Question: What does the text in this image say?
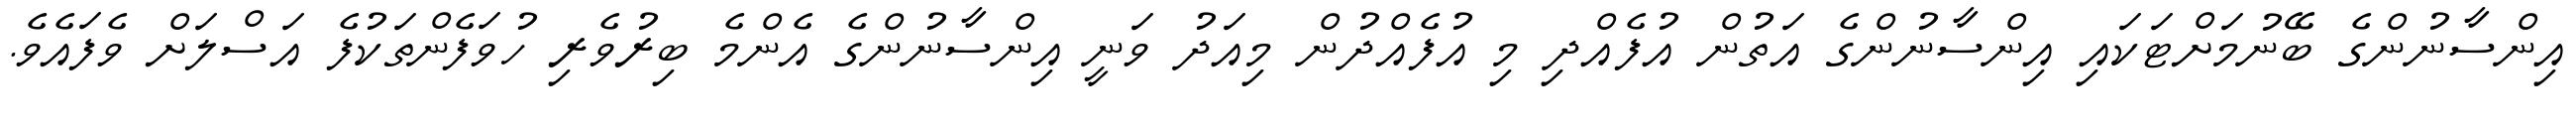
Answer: އިންސާނުންގެ ބޭނުމަށްޓަކައި އިންސާނުންގެ އަތުން އުފެއްދި މި އުފެއްދުން މިއަދު ވަނީ އިންސާނުންގެ އެންމެ ބިރުވެރި ހުވަފެންތަކުފެ އަސްލަށް ވެފައެވެ.